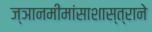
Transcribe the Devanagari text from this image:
ज्ञानमीमांसाशास्त्राने